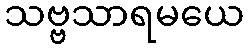
သဗ္ဗသာရမယေ